NAE_ERA_R-1665_Eesti_Kunstnike_Liit, lk 25
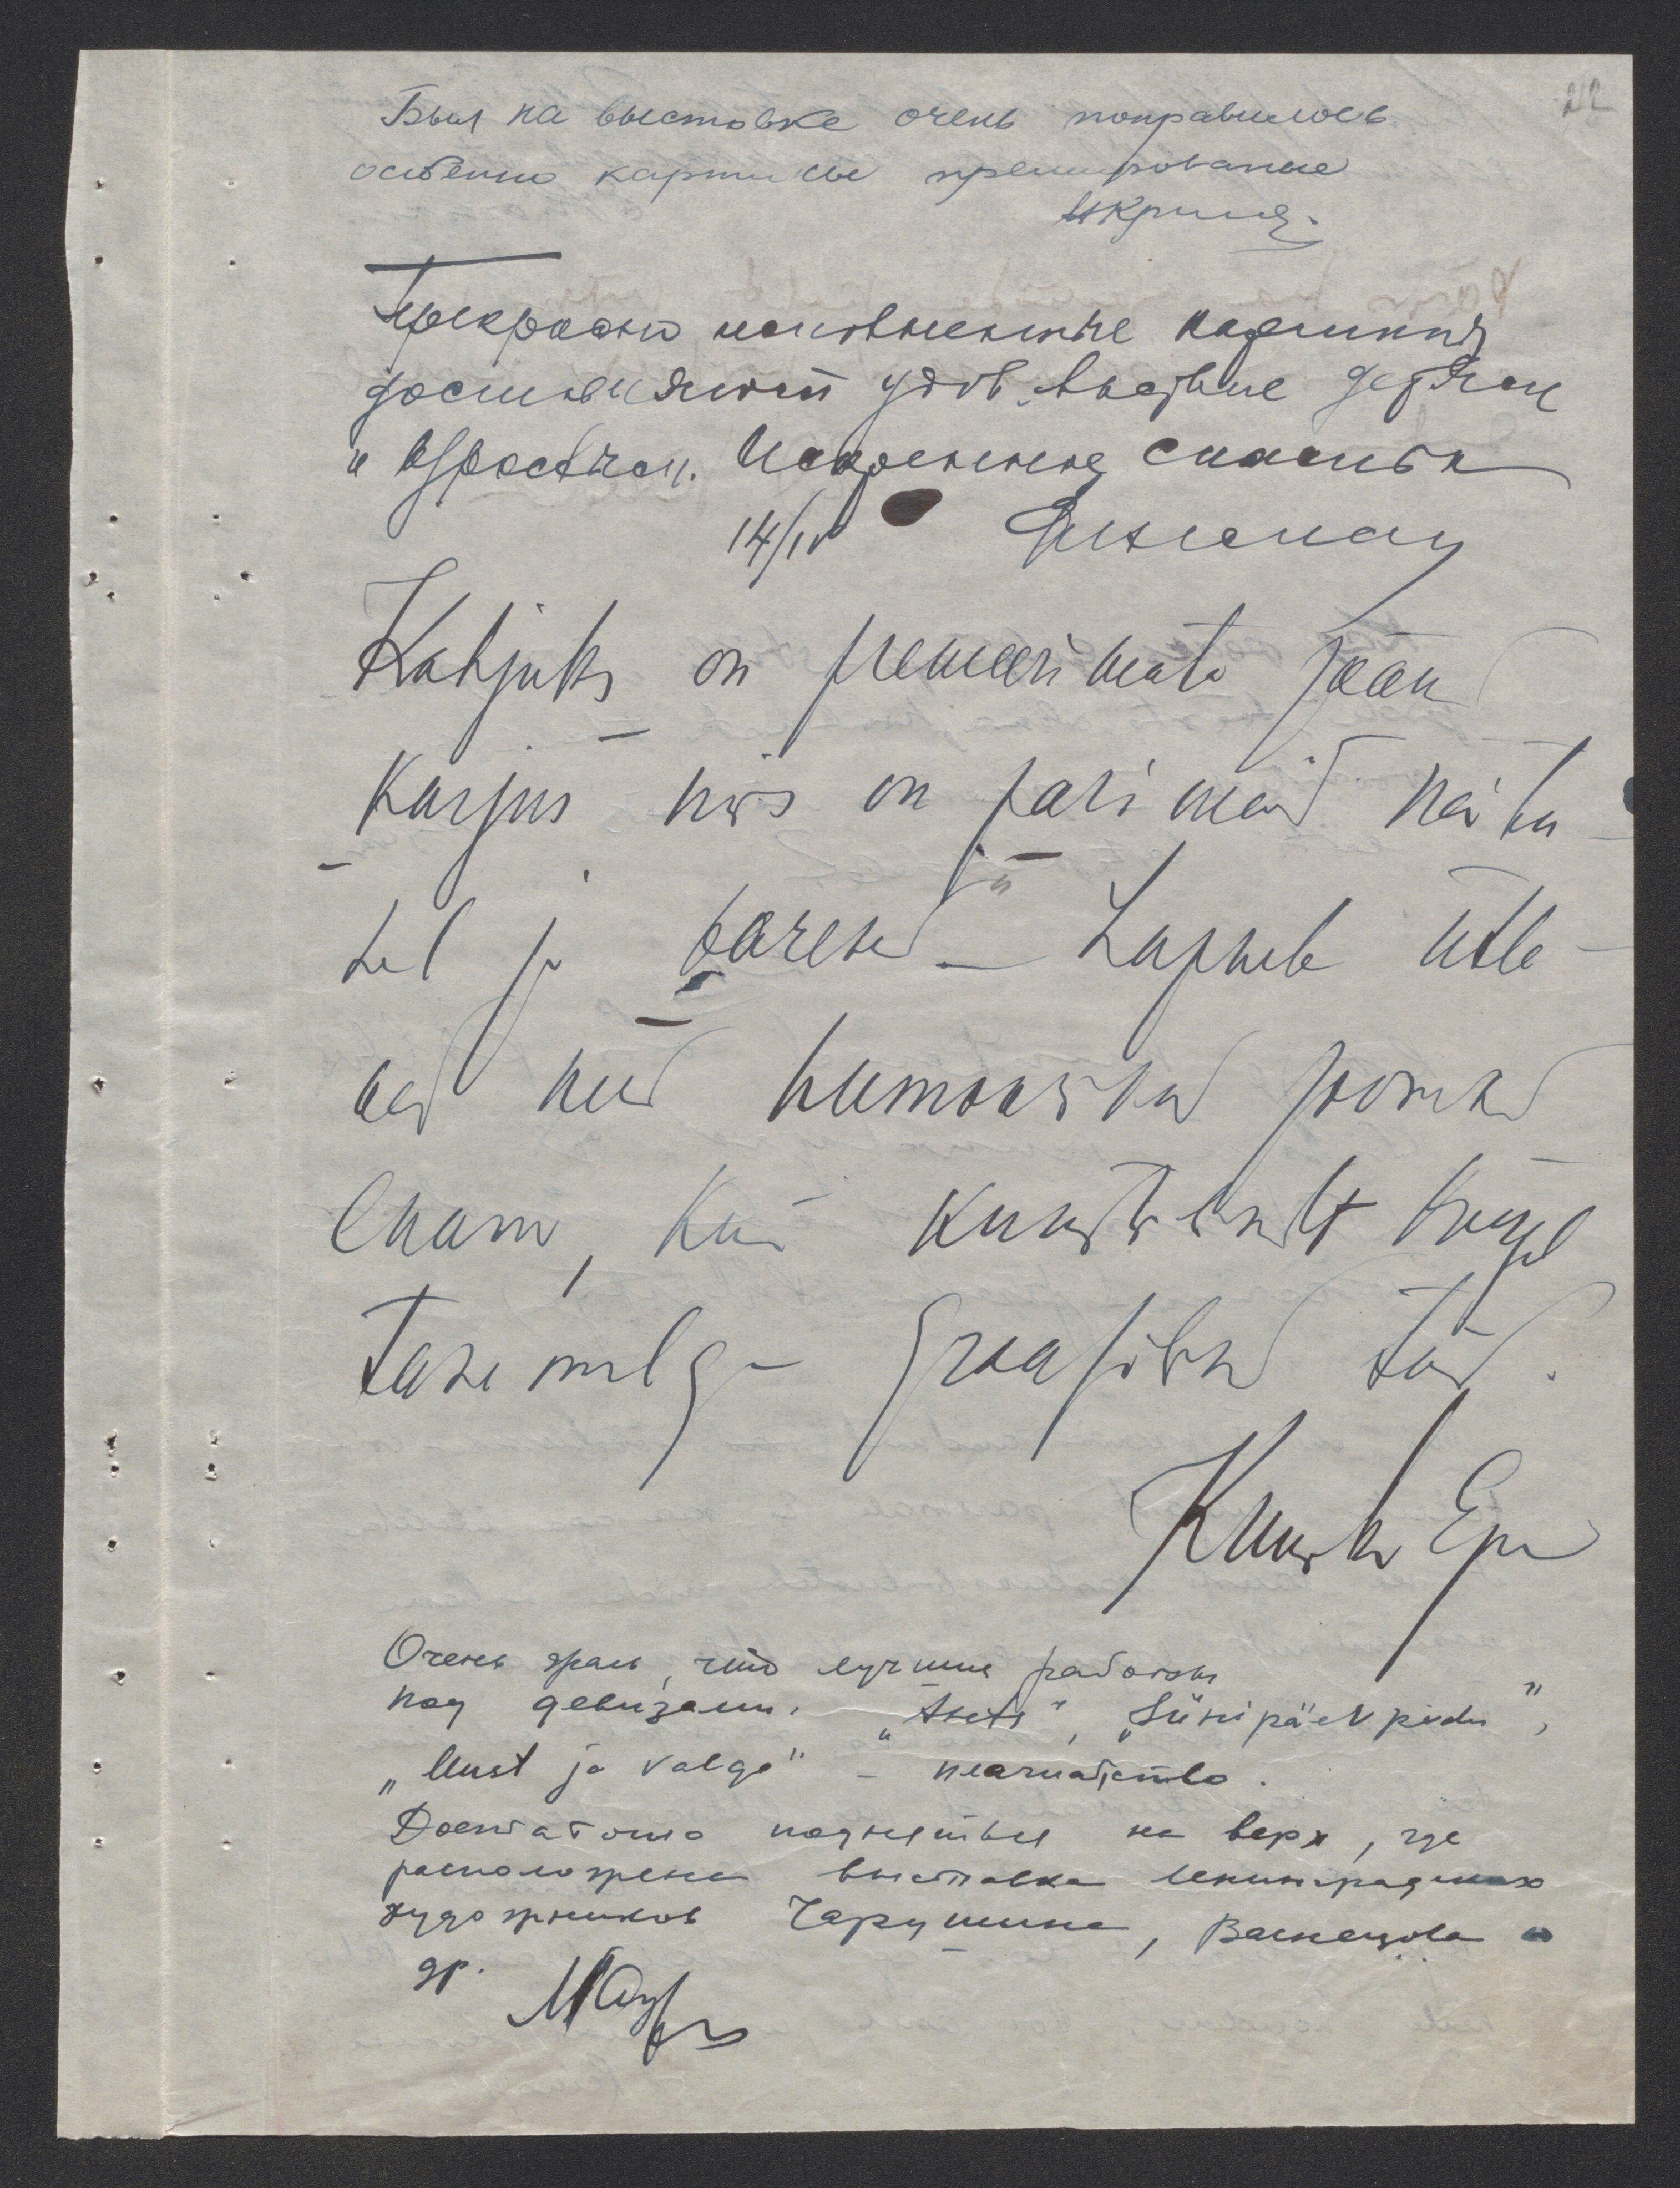
22
Kahjuks on premeerimata jäänd
"Karjus" mis on parimaid näitu-
sel ja "baretid" - Lapsele ütle-
vad need humoorikad joonised
enam, kui kunstiliselt kõrge
tasemega graafilised tööd.
"Sünnipäevpidu",
"Must ja valge"